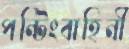
পন্টিংবাহিনী